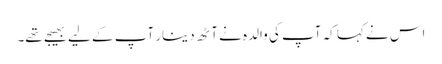
اس نے کہا کہ آپ کی والدہ نے آٹھ دینار آپ کے لیے بھیجے تھے۔